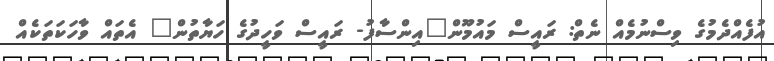
އުފެއްދެމުގެ ވިސްނުމެއް ނެތް: ރައީސް މައުމޫން"އިންސާފު- ރައީސް ވަހީދުގެ ހަޔާތުން" އެތަައް ވާހަކަތަކެއް